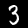
Digit: 3